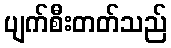
ပျက်စီးတတ်သည်